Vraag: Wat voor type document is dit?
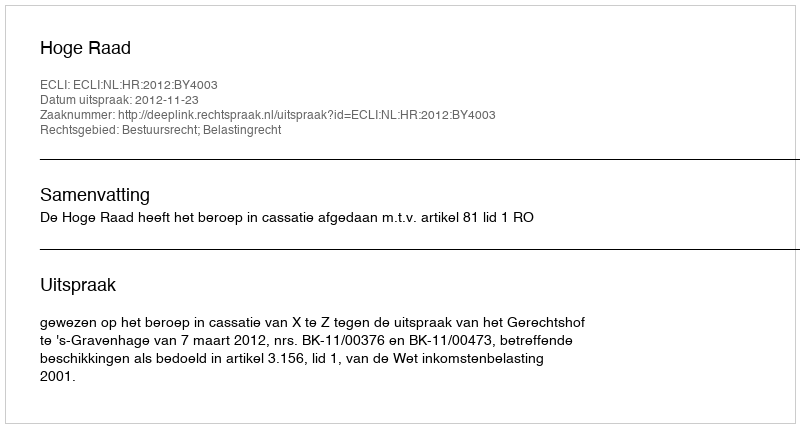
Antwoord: Uitspraak